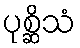
ပုစ္ဆိသံ